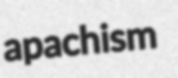
apachism